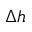
\Delta h